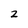
Character: 2